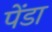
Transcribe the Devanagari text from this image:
पेंडा